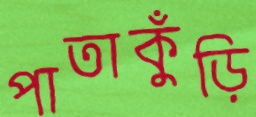
পাতাকুঁড়ি